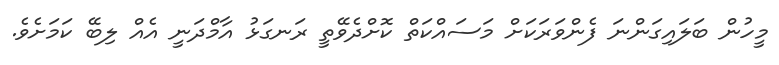
މީހުން ބަލައިގަންނަ ފެންވަރަކަށް މަސައްކަތް ކޮށްދެވޭތީ ރަނގަޅު އާމްދަނީ އެއް ލިބޭ ކަމަށެވެ.